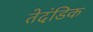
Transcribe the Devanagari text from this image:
तेदंडिक